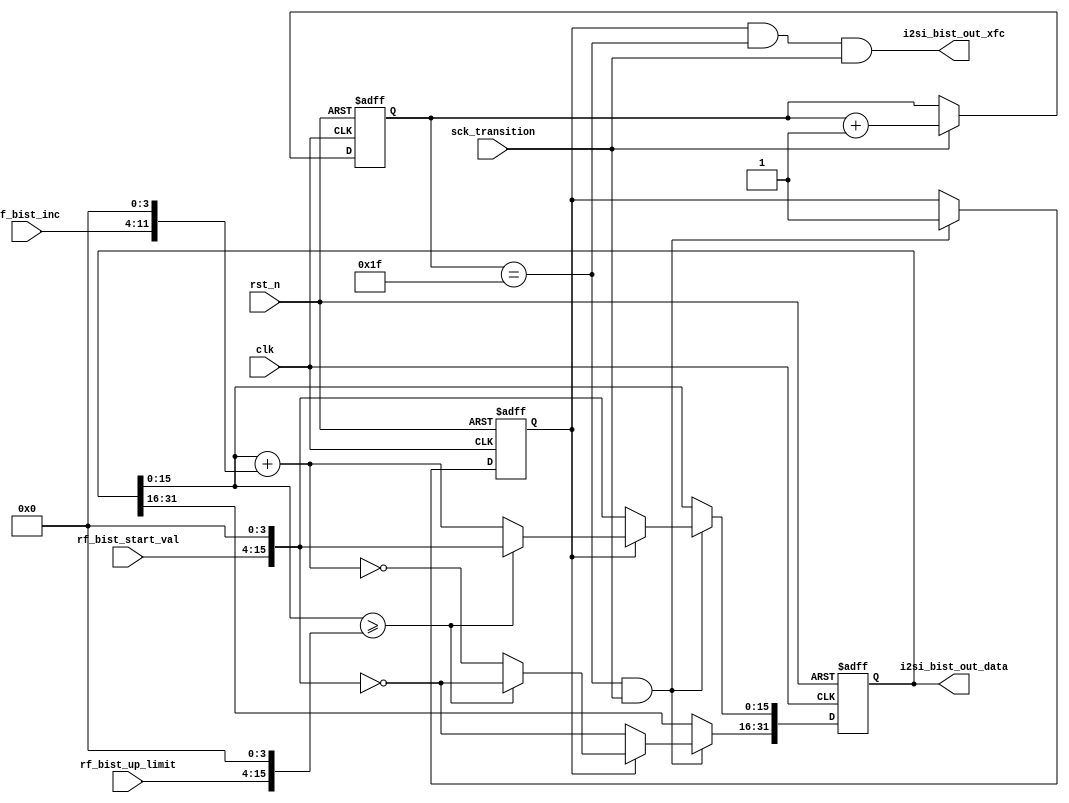
//////////////////////////////////////////////////////////////////////////////////
// Module Name:             i2si_bist_gen.v
// Last Modification:       3/20/2016
// Description: Creates a saw-tooth wave based on the bist register values
//////////////////////////////////////////////////////////////////////////////////

`timescale 1ns / 1ps

module i2si_bist_gen(clk,rst_n,sck_transition,rf_bist_start_val,rf_bist_inc,rf_bist_up_limit,i2si_bist_out_data, i2si_bist_out_xfc);

    //Ports
    input                       clk;                                            //Master Clock
    input                       rst_n;                                          //Reset
    input                       sck_transition;                                 //Serial Clock Level to Pulse Converter
    
    input           [11:0]      rf_bist_start_val;                              //Start value
    input           [11:0]      rf_bist_up_limit;                               //Upper limit
    input           [ 7:0]      rf_bist_inc;                                    //Increment signal by this much
                                                                        
    output reg      [31:0]      i2si_bist_out_data;                             //Output data
    output wire                 i2si_bist_out_xfc;                              //Transfer Complete
                                                                                
                                                                                                    
    //Internal Variables
    reg                 bist_active;                                            //Defines if BIST generator is active
    reg    [ 4:0]       sck_count;                                              //Serial clock counter                    
    
                                                                                                    
                                                                                                    
                                                                                                    
                                                                                        
    //define xfc signal as high after bist_out_data increments
    assign i2si_bist_out_xfc = bist_active && sck_count == 5'd31 && sck_transition;
                                                                                    
                                                                                    
                                                                                        
    //serial clock counter. Helps define when bist_out_data when sck_count reaches 31
    always @(posedge clk or negedge rst_n)
    begin
        if(!rst_n)
            sck_count <= 5'd31;
        else if(sck_transition)
           sck_count <= sck_count + 1'b1;
    end

    //defines if bist generator becomes active
    always @(posedge clk or negedge rst_n)
    begin
        if(!rst_n)
            bist_active <= 1'b0;
        else if(sck_count == 5'd31 && sck_transition)
        begin
            if(!bist_active)
                bist_active <= 1'b1;
        end
    end
    
    //increments bist_out_data from the start value to the upper limit and then resets to the start value again
    always @(posedge clk or negedge rst_n)
    begin
        if(!rst_n)
        begin
            i2si_bist_out_data[15: 0] <=  16'd0;
            i2si_bist_out_data[31:16] <= ~16'd0;
		end
        else if (sck_count == 5'd31 && sck_transition)
        begin
            //If bist_active is just starting  
            if(!bist_active)
			begin
                //Output signal = start value
                i2si_bist_out_data[15: 0] <=  {rf_bist_start_val, 4'b0000};
                i2si_bist_out_data[31:16] <= ~{rf_bist_start_val, 4'b0000};
            end
            else if($signed(i2si_bist_out_data[15:0]) >= $signed({rf_bist_up_limit, 4'b0000}))               
            begin
                //Signal goes back to start value
                i2si_bist_out_data[15:0]  <=  {rf_bist_start_val, 4'b0000};
                i2si_bist_out_data[31:16] <= ~{rf_bist_start_val, 4'b0000};                     

            end
            //If the signal is within normal range
            //Increment the signal
            else
            begin
                i2si_bist_out_data[15: 0] <=   i2si_bist_out_data[15:0] + {rf_bist_inc, 4'b0000};        
                i2si_bist_out_data[31:16] <= ~(i2si_bist_out_data[15:0] + {rf_bist_inc, 4'b0000});

           end
        end
    end
    
endmodule